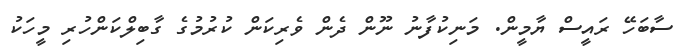
ސާބަހޭ ރައީސް ޔާމީން. މަނިކުފާނު ނޫން ދެން ވެރިކަން ކުރުމުގެ ގާބިލްކަންހުރި މީހަކު